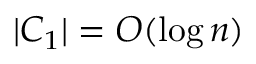
| C _ { 1 } | = O ( \log n )